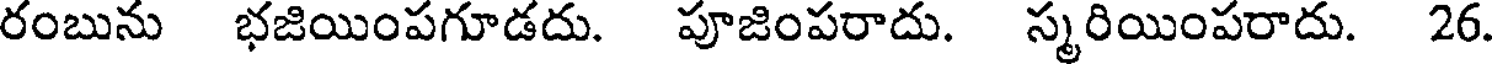
రంబును భజియింపగూడదు. పూజింపరాదు. స్మరియింపరాదు. 26.